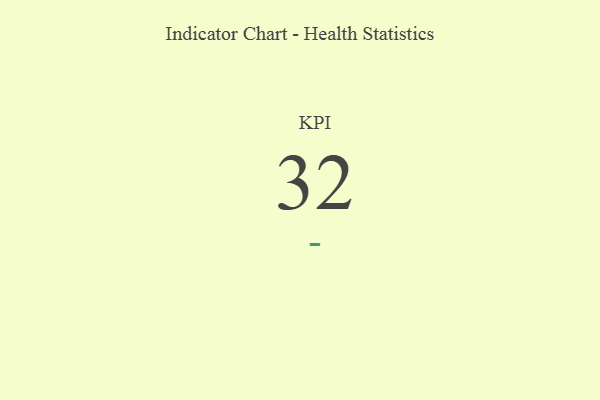
{"axis": {"x": "KPI", "y": "Value"}, "legend": [""], "data": [{"x": "KPI", "y": 32, "type": ""}]}